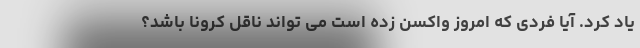
یاد کرد. آیا فردی که امروز واکسن زده است می تواند ناقل کرونا باشد؟